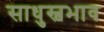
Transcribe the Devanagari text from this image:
साधुस्वभाव